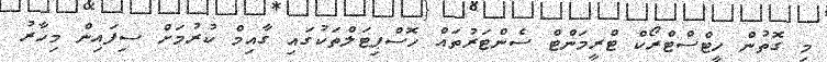
މި ގޮތުން ހީޓްސްޓްރޯކް ޓްރީމަންޓް ސެންޓަރުތައް ހޮސްޕިޓަލްތަކުގައި ގާއިމް ކުރުމަށް ސިފައިން މިހާރު